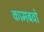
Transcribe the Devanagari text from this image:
कामबवो